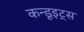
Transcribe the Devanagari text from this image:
कन्डूइट्स